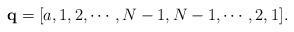
LaTeX: \begin{align*} \mathbf{q}=[a,1,2,\cdots,N-1,N-1,\cdots,2,1]^{}. \end{align*}